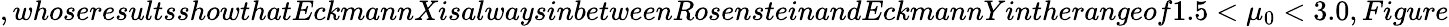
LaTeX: ,whoseresultsshowthatEckmannXisalwaysinbetweenRosensteinandEckmannYintherangeof1.5<\mu_{0}<3.0,Figure